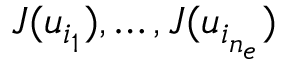
J ( u _ { i _ { 1 } } ) , \ldots , J ( u _ { i _ { n _ { e } } } )